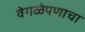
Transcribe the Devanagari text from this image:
वेगळेपणाचा